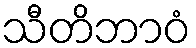
သီတိဘာဝံ